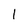
Character: 1